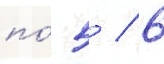
по́ 5 / 6